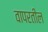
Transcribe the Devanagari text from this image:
वापरतील